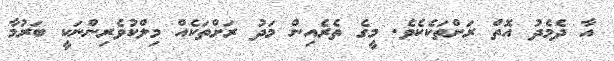
އާ ދެމެދު އޮތް ރަށްތަކެކެވެ. މީގެ ތެރެއިން މަދު ރަށްތަކެއް މިލްކުވެރިންނަކީ ބަރުމާ